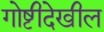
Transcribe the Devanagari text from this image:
गोष्टीदेखील